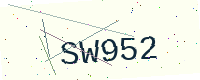
Text: SW952